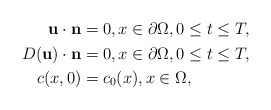
\begin{align*}\begin{aligned}\mathbf{u}\cdot \mathbf{n}&=0,x\in \partial\Omega,0 \le t \le T,\\D(\mathbf{u})\cdot \mathbf{n}&=0,x\in \partial\Omega,0 \le t \le T,\\c(x,0)&=c_{0}(x),x\in \Omega,\end{aligned}\end{align*}